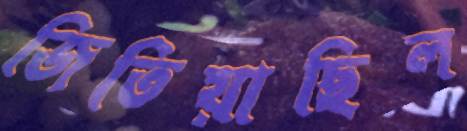
জিতিয়াছিল